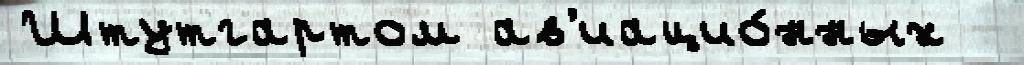
Штутгартом ав'иацио́нных